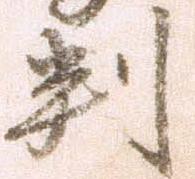
判